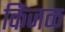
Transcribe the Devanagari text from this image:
किंजळ